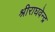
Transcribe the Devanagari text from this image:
श्रीराघवेन्द्र